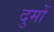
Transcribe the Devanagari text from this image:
दुमों